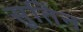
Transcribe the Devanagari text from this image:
सुतिन